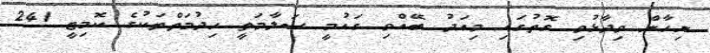
ނިހާން ވިދާޅުވި ގޮތުގައި މިއަދު ބޭއްވި ގައުމީ ސަލާމަތީ ހިދުމަތްތަކުގެ ކޮމިޓީ 241